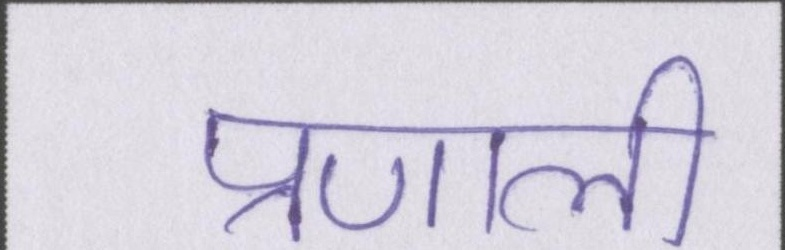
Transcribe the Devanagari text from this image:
प्रणाली